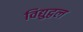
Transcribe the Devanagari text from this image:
विद्युद्वल